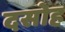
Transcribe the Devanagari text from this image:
दसोह